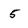
Character: 5